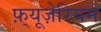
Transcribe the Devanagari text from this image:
फ़्यूज़ेरियम